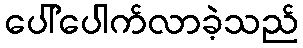
ပေါ်ပေါက်လာခဲ့သည်